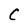
Character: C